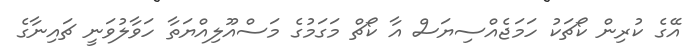
އޭގެ ކުރިން ކޯޗަކު ހަމަޖެއްސިޔަސް އާ ކޯޗް މަގަމުގެ މަސްއޫލިއްޔަތާ ހަވާލުވަނީ ޗައިނާގެ